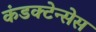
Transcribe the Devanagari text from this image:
कंडक्टेन्सेस